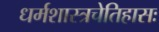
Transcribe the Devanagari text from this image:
धर्मशास्त्रचेतिहासः